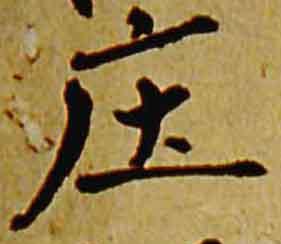
庄